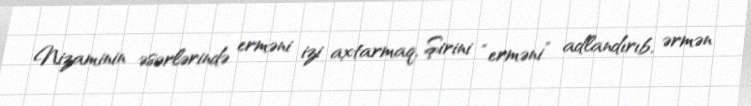
Nizaminin əsərlərində erməni izi axtarmaq, Şirini “erməni” adlandırıb, ərmən